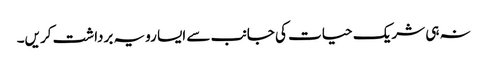
نہ ہی شریک حیات کی جانب سے ایسا رویہ برداشت کریں۔